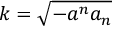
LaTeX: k = \sqrt { - a ^ { n } a _ { n } }